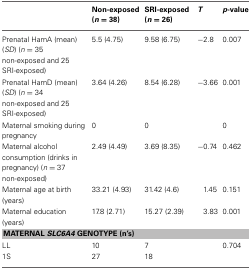
|  | Non-exposed (n = 38) | SRI-exposed (n = 26) | T | p-value |
 | --- | --- | --- | --- | --- |
 | Prenatal HamA (mean) (SD) (n = 35 non-exposed and 25 SRI-exposed) | 5.5 (4.75) | 9.58 (6.75) | −2.8 | 0.007 |
 | Prenatal HamD (mean) (SD) (n = 34 non-exposed and 25 SRI-exposed) | 3.64 (4.26) | 8.54 (6.28) | −3.66 | 0.001 |
 | Maternal smoking during pregnancy | 0 | 0 |  | 0 |
 | Maternal alcohol consumption (drinks in pregnancy) (n = 37 non-exposed) | 2.49 (4.49) | 3.69 (8.35) | −0.74 | 0.462 |
 | Maternal age at birth (years) | 33.21 (4.93) | 31.42 (4.6) | 1.45 | 0.151 |
 | Maternal education (years) | 17.8 (2.71) | 15.27 (2.39) | 3.83 | 0.001 |
 | <COLSPAN=5> MATERNAL SLC6A4 GENOTYPE (n's) |
 | LL | 10 | 7 |  | 0.704 |
 | 1S | 27 | 18 |  |  |